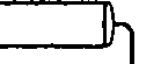
h